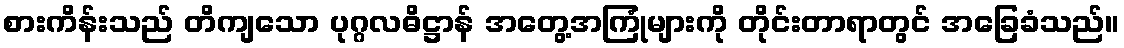
စားကိန်းသည် တိကျသော ပုဂ္ဂလဓိဋ္ဌာန် အတွေ့အကြုံများကို တိုင်းတာရာတွင် အခြေခံသည်။